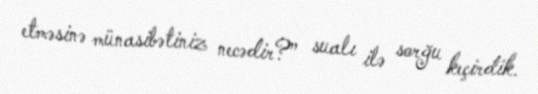
etməsinə münasibətiniz necədir?” sualı ilə sorğu keçirdik.